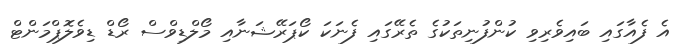
އެ ފެއާގައި ބައިވެރިވި ކުންފުނިތަކުގެ ތެރޭގައި ފެނަކަ ކޯޕަރޭޝަނާއި މޯލްޑިވްސް ރޯޑް ޑިވެލޮޕްމަންޓް